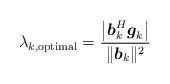
LaTeX: \begin{align*}\lambda_{k,\textrm{optimal}}=\dfrac{\big|\boldsymbol{b}_k^H\boldsymbol{g}_k\big|}{\|\boldsymbol{b}_k\|^2} \end{align*}